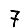
Digit: 7